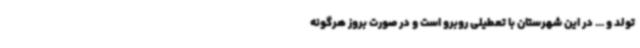
تولد و ... در این شهرستان با تعطیلی روبرو است و در صورت بروز هرگونه